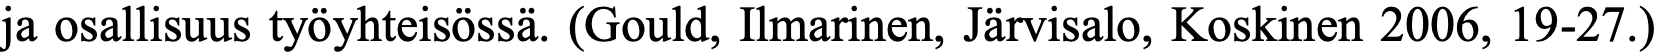
ja osallisuus työyhteisössä. (Gould, Ilmarinen, Järvisalo, Koskinen 2006, 19-27.)